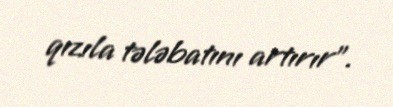
qızıla tələbatını artırır”.